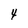
Character: 4